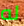
له